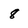
Character: 8